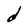
Character: d